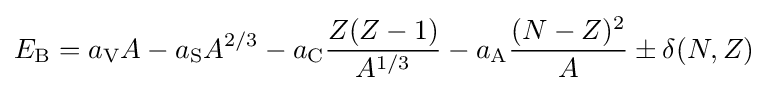
E_{\text{B}}=a_{\text{V}}A-a_{\text{S}}A^{2/3}-a_{\text{C}}{\frac {Z(Z-1)}{A^{1/3}}}-a_{\text{A}}{\frac {(N-Z)^{2}}{A}}\pm \delta (N,Z)